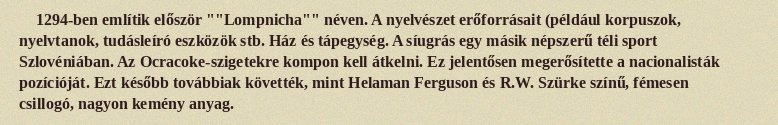
1294-ben említik először ""Lompnicha"" néven. A nyelvészet erőforrásait (például korpuszok, nyelvtanok, tudásleíró eszközök stb. Ház és tápegység. A síugrás egy másik népszerű téli sport Szlovéniában. Az Ocracoke-szigetekre kompon kell átkelni. Ez jelentősen megerősítette a nacionalisták pozícióját. Ezt később továbbiak követték, mint Helaman Ferguson és R.W. Szürke színű, fémesen csillogó, nagyon kemény anyag.